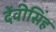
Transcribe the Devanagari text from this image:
देंवीसिंह